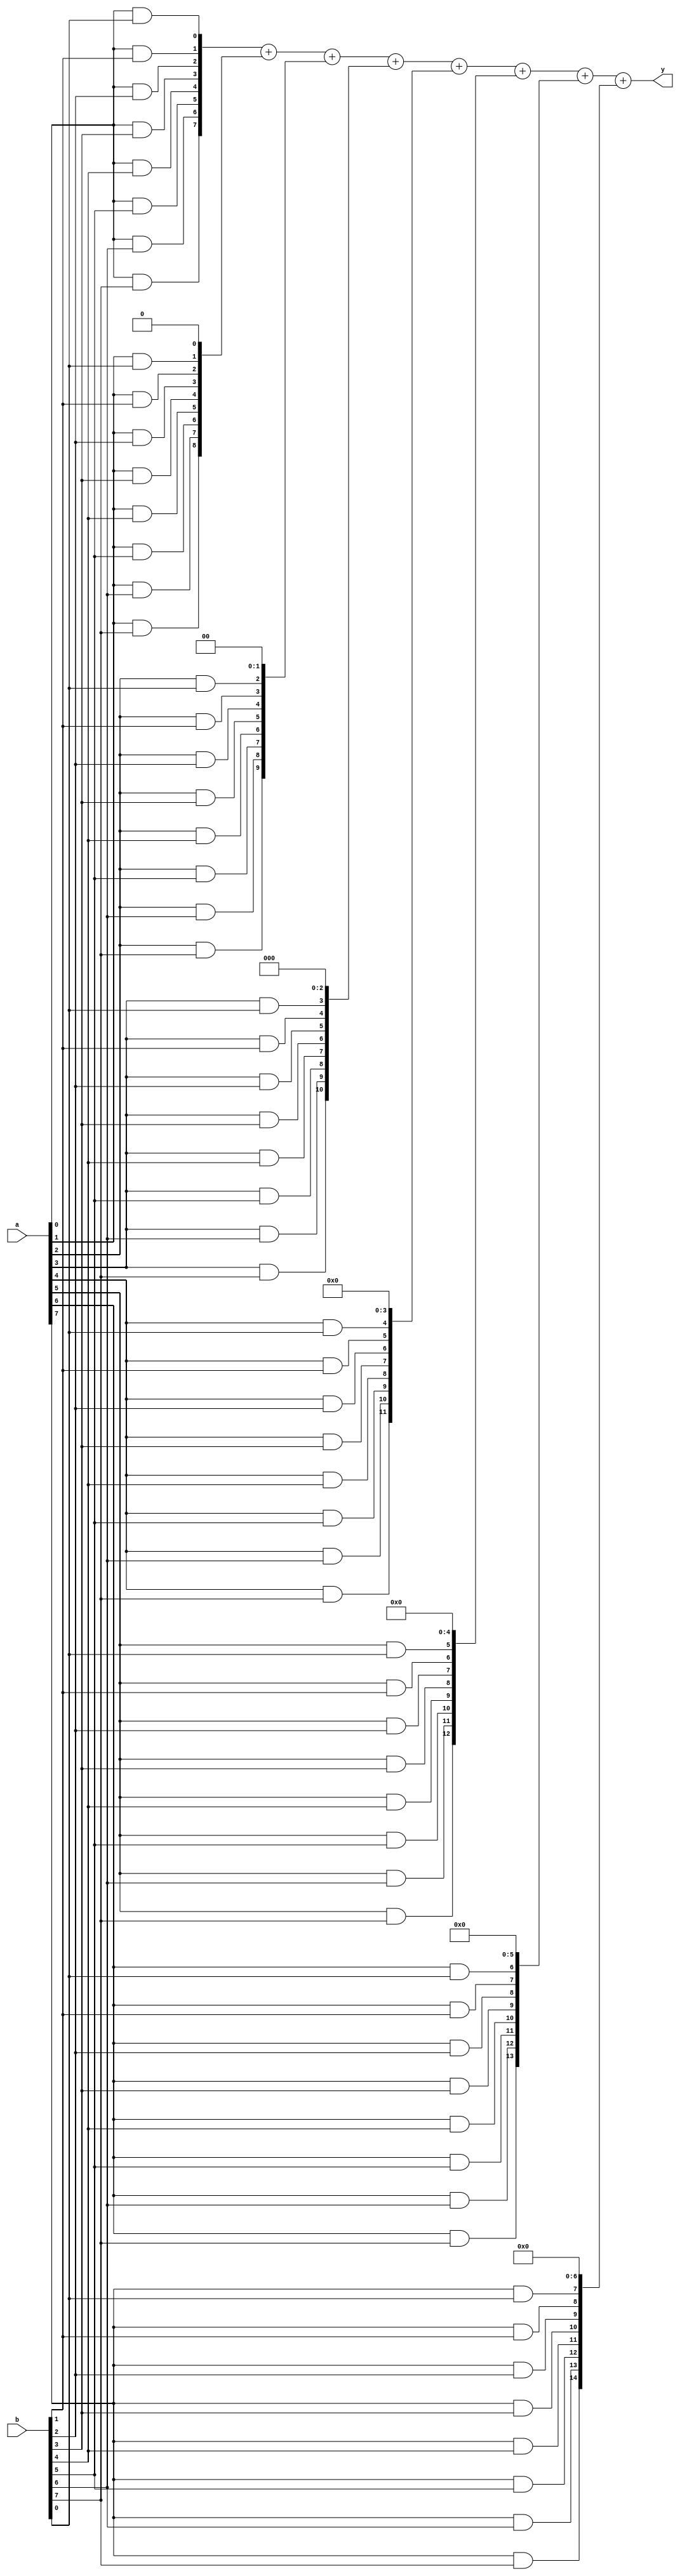
module mul8_v5 (input [7:0] a,b, output [15:0] y);

	genvar i,j;
	wire [7:0]p[0:7];
	//wire [7:0] p[0];
	//wire [7:0] p[1]
	//wire [7:0] p[2]
	//wire [7:0] p[3]
	//wire [7:0] p[4]..
	
	
	//the block outside the alwaus is generator block
	
	for(i=0;i<8;i=i+1)	begin
		for (j=0;j<8;j=j+1) begin
			and Gij	(p[i][j],a[i],b[j]);
		end
	end
	
	
	wire [14:0] R[0:7];;
	
	//MSB zeros are removed
	assign R[0] = {p[0]};
	assign R[1] = {p[1],1'b0};
	assign R[2] = {p[2],2'b00};
	assign R[3] = {p[3],3'b000};
	assign R[4] = {p[4],4'b0000};
	assign R[5] = {p[5],5'b00000};
	assign R[6] = {p[6],6'b000000};
	assign R[7] = {p[7],7'b0000000};
	
	assign y=R[0]+R[1]+R[2]+R[3]+R[4]+R[5]+R[6]+R[7];
endmodule